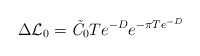
\begin{align*}\Delta{\cal L}_0=\hbox{\it \~C}_0 Te^{-D} e^{-\pi T e^{-D}}\end{align*}